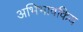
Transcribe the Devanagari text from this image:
अभिभावकिय